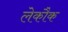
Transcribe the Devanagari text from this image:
लेकौक